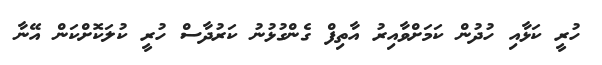
ހުރީ ކަޅާއި ހުދުން ކަމަށްވާއިރު އާތިފް ގެންގުޅުނު ކަރުދާސް ހުރީ ކުލަކޮށްކަން އޭނާ